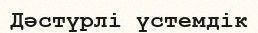
Дәстүрлі үстемдік